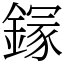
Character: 䥂